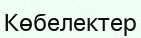
Көбелектер